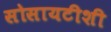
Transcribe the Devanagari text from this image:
सोसायटीशी